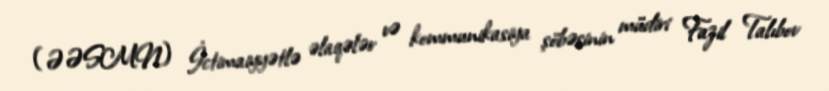
(ƏƏSMN) İctimaiyyətlə əlaqələr və kommunikasiya şöbəsinin müdiri Fazil Talıbov